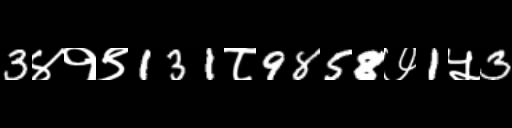
Text: 3४१९131८9858७1५3